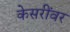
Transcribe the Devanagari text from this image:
केसरींवर